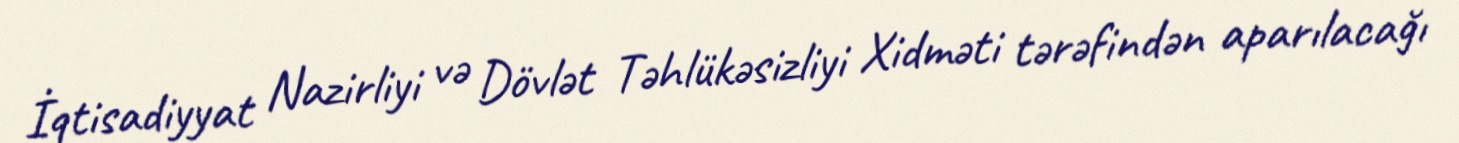
İqtisadiyyat Nazirliyi və Dövlət Təhlükəsizliyi Xidməti tərəfindən aparılacağı